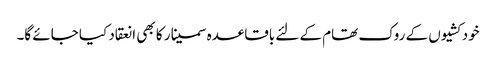
خودکشیوں کے روک تھام کے لئے باقاعدہ سمینار کا بھی انعقاد کیا جائے گا۔